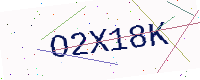
Text: O2X18K